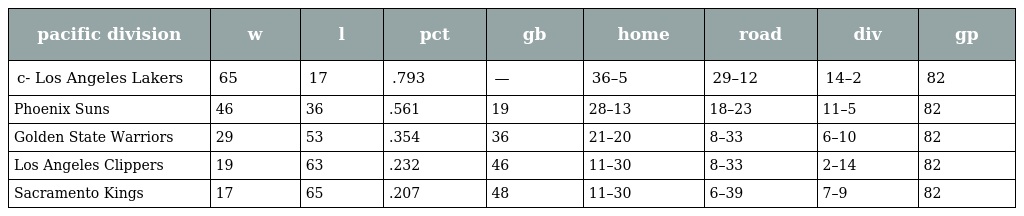
| pacific division | w | l | pct | gb | home | road | div | gp |
 | --- | --- | --- | --- | --- | --- | --- | --- | --- |
 | c- Los Angeles Lakers | 65 | 17 | .793 | — | 36–5 | 29–12 | 14–2 | 82 |
 | Phoenix Suns | 46 | 36 | .561 | 19 | 28–13 | 18–23 | 11–5 | 82 |
 | Golden State Warriors | 29 | 53 | .354 | 36 | 21–20 | 8–33 | 6–10 | 82 |
 | Los Angeles Clippers | 19 | 63 | .232 | 46 | 11–30 | 8–33 | 2–14 | 82 |
 | Sacramento Kings | 17 | 65 | .207 | 48 | 11–30 | 6–39 | 7–9 | 82 |